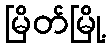
မြိတ်မြို့